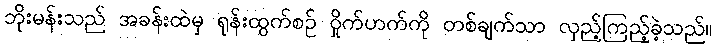
ဘိုးမန်းသည် အခန်းထဲမှ ရုန်းထွက်စဉ် ဝှိုက်ဟက်ကို တစ်ချက်သာ လှည့်ကြည့်ခဲ့သည်။